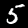
Digit: 5